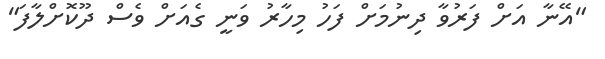
"އޭނާ އަށް ފަރުވާ ދިނުމަށް ފަހު މިހާރު ވަނީ ގެއަށް ވެސް ދޫކޮށްލާފަ"